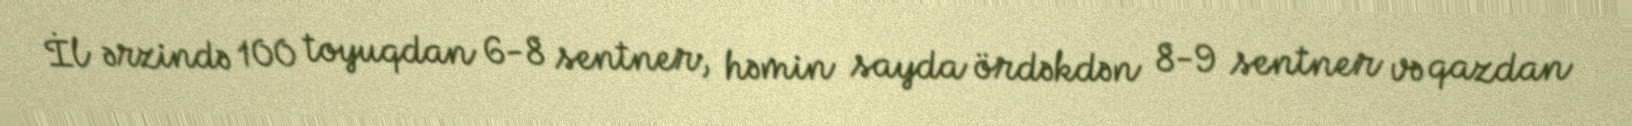
İl ərzində 100 toyuqdan 6-8 sentner, həmin sayda ördəkdən 8-9 sentner və qazdan